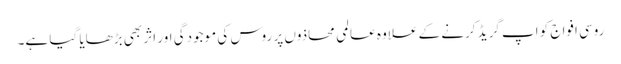
روسی افواج کو اپ گریڈ کرنے کے علاوہ عالمی محاذوں پر روس کی موجودگی اور اثر بھی بڑھایا گیا ہے۔